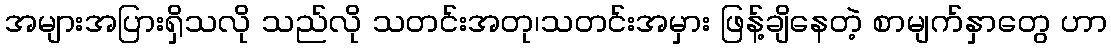
အများအပြားရှိသလို သည်လို သတင်းအတု၊သတင်းအမှား ဖြန့်ချိနေတဲ့ စာမျက်နှာတွေ ဟာ